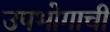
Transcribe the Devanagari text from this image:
उपभोगाची